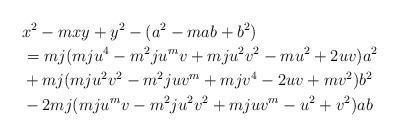
LaTeX: \begin{align*} & x^2 -mxy+y^2 -(a^2 -m ab + b^2 ) \\ &= mj(mju^4 - m^2ju^mv + mju^2v^2 - mu^2 + 2uv)a^2 \\& + mj(mju^2v^2 - m^2juv^m + mjv^4 - 2uv + mv^2)b^2 \\&- 2mj(mju^mv - m^2ju^2v^2 + mjuv^m - u^2 + v^2)ab \end{align*}